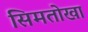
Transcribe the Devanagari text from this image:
सिमतोखा